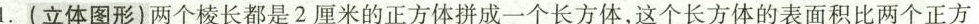
1.(立体图形)两个棱长都是2厘米的正方体拼成一个长方体，这个长方体的表面积比两个正方